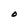
Character: O